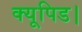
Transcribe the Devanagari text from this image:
क्यूपिड।